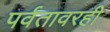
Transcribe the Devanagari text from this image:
पर्वतावरही